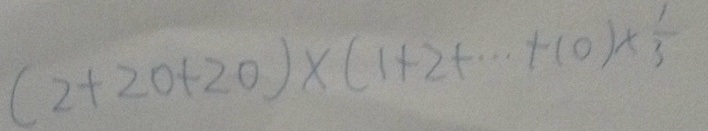
( 2 + 2 0 + 2 0 ) \times ( 1 + 2 + \cdots + 1 0 ) \times \frac { 1 } { 3 }